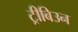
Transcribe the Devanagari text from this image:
ट्रीबिउन